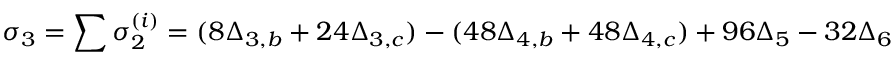
\sigma _ { 3 } = \sum \sigma _ { 2 } ^ { ( i ) } = ( 8 \Delta _ { 3 , b } + 2 4 \Delta _ { 3 , c } ) - ( 4 8 \Delta _ { 4 , b } + 4 8 \Delta _ { 4 , c } ) + 9 6 \Delta _ { 5 } - 3 2 \Delta _ { 6 } \;